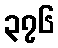
၃၇၆